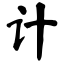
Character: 计